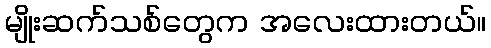
မျိုးဆက်သစ်တွေက အလေးထားတယ်။